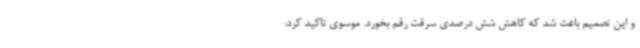
و این تصمیم باعث شد که کاهش شش درصدی سرقت رقم بخورد. موسوی تاکید کرد: